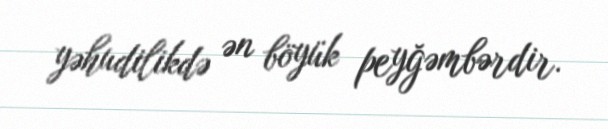
yəhudilikdə ən böyük peyğəmbərdir.